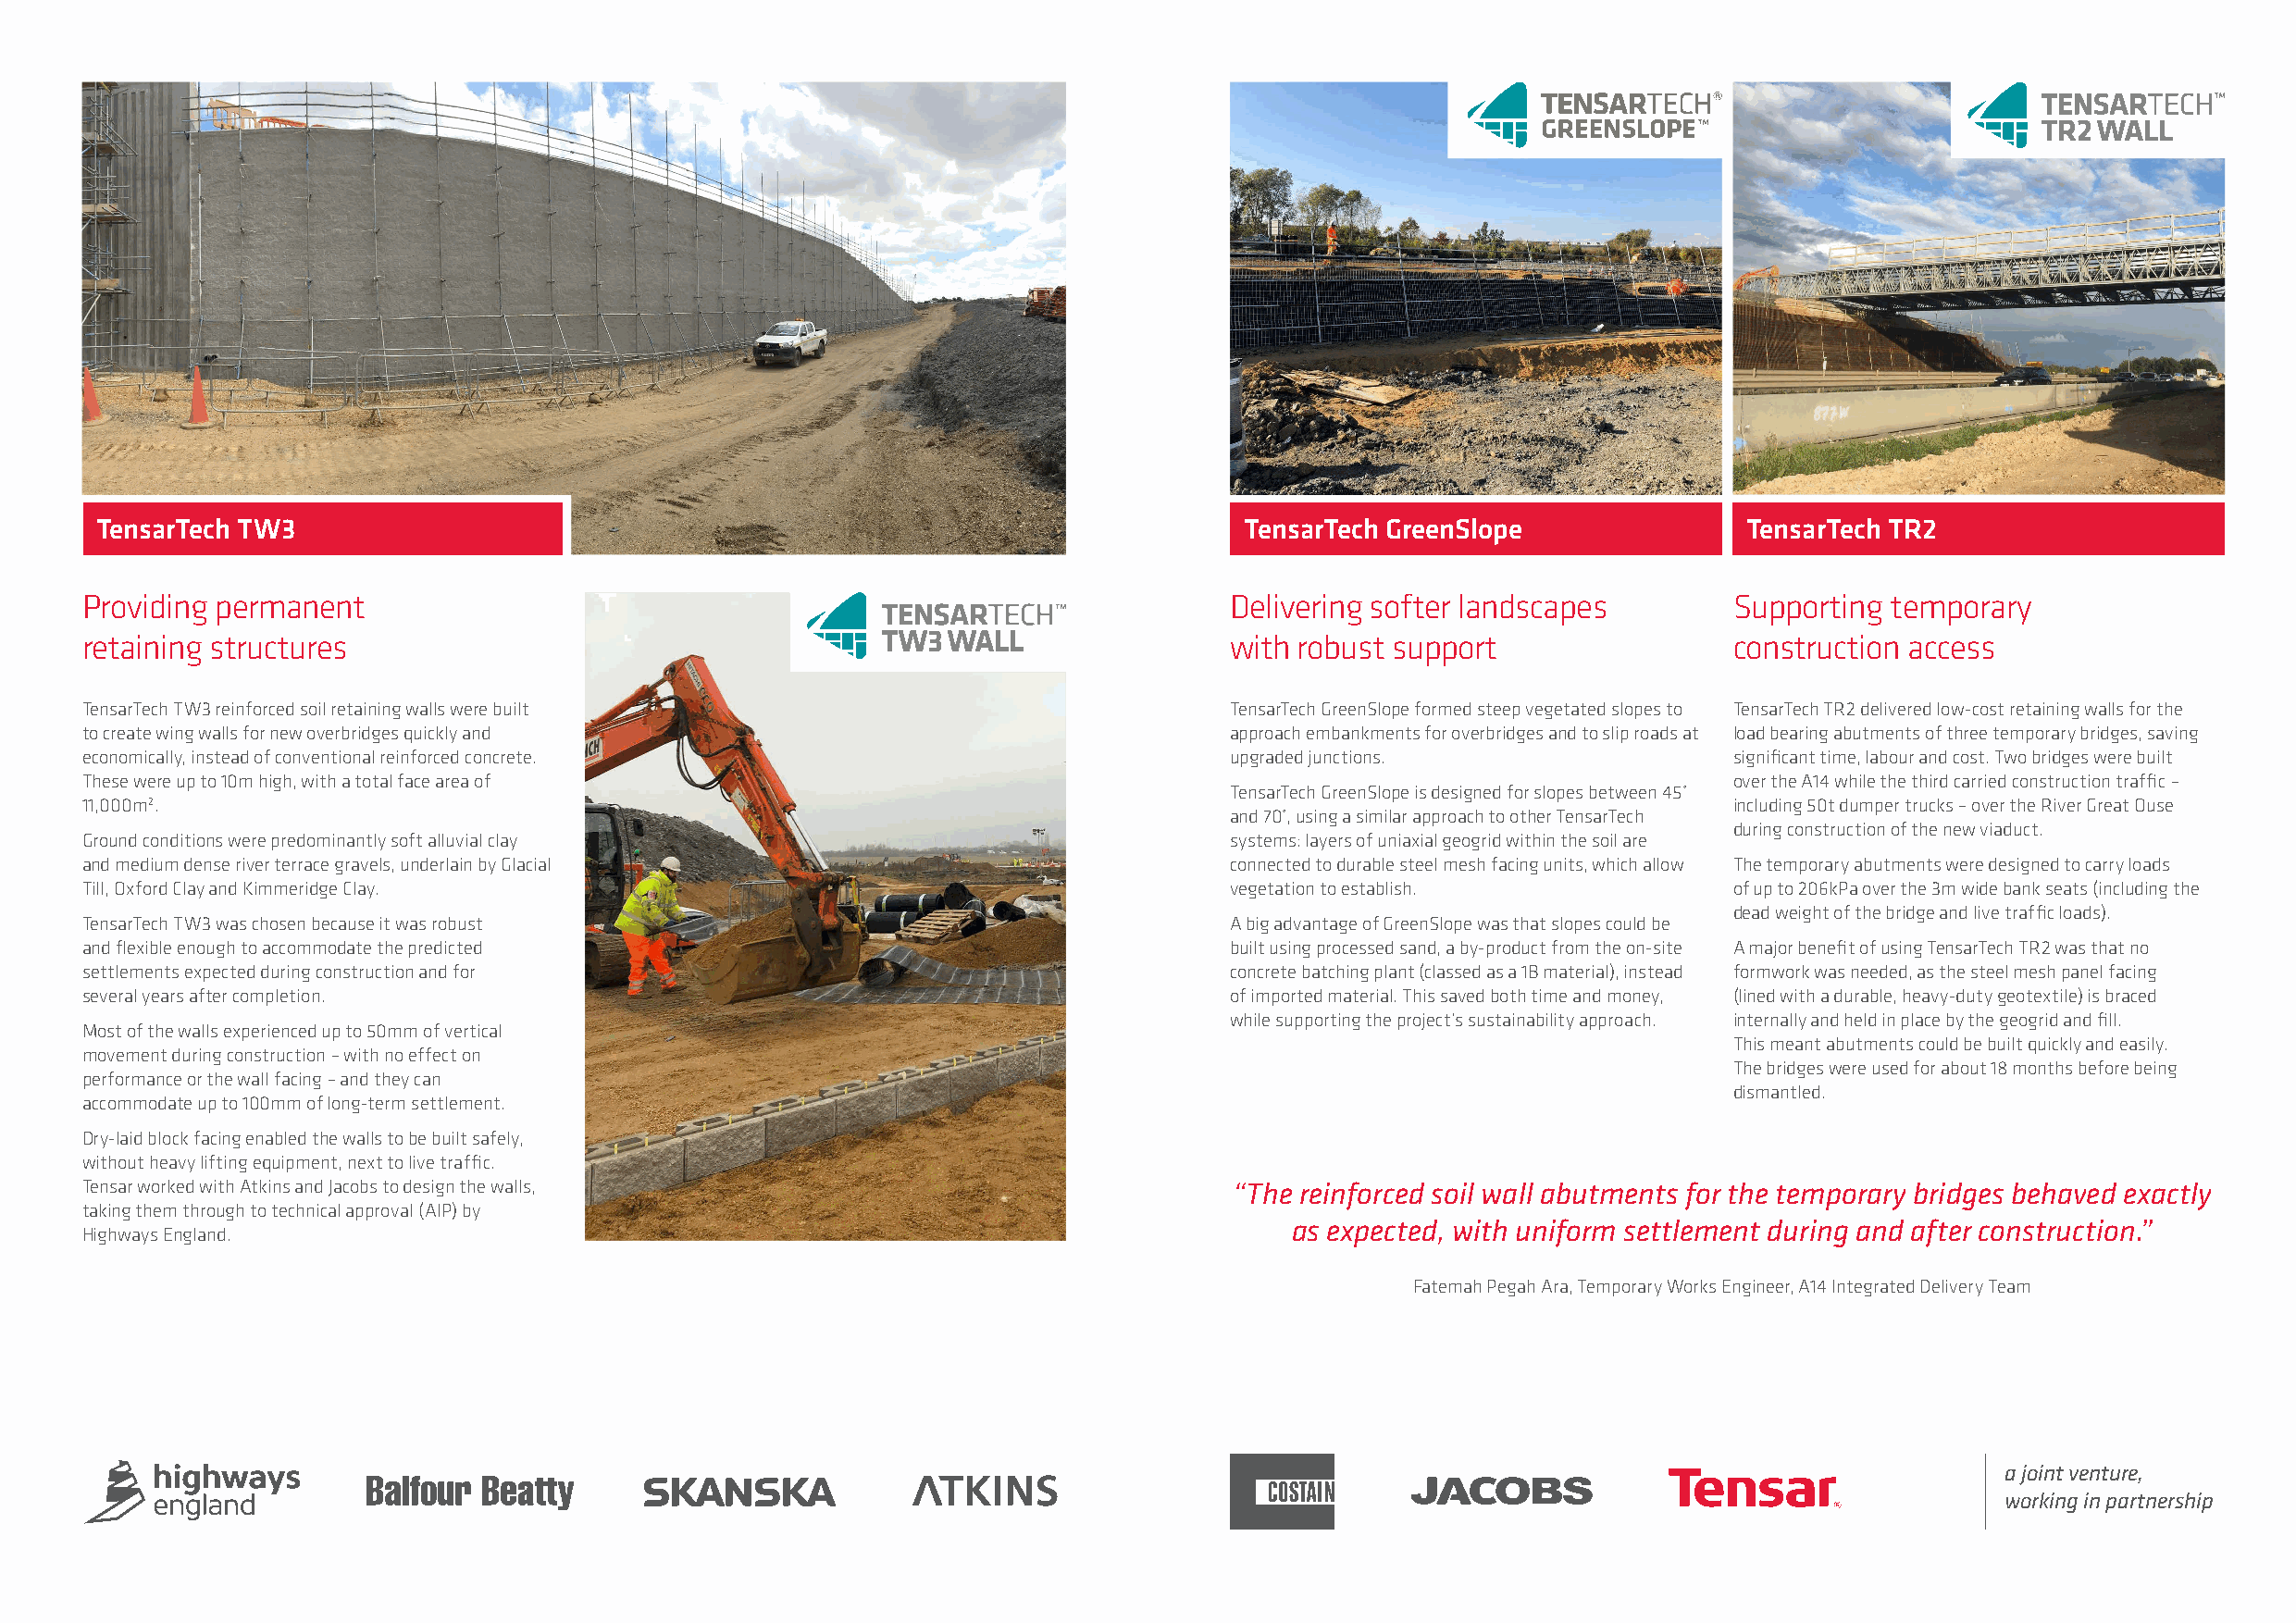
TensarTech TW3                                                                    TensarTech GreenSlope               TensarTech TR2
 Providing permanent                                                               Delivering softer landscapes        Supporting temporary
 retaining structures                                                              with robust support                 construction access
 TensarTech TW3 reinforced soil retaining walls were built                         TensarTech GreenSlope formed steep vegetated slopes to TensarTech TR2 delivered low-cost retaining walls for the
 to create wing walls for new overbridges quickly and                              approach embankments for overbridges and to slip roads at load bearing abutments of three temporary bridges, saving
 economically, instead of conventional reinforced concrete.                        upgraded junctions.                 significant time, labour and cost. Two bridges were built
 These were up to 10m high, with a total face area of                                                                  over the A14 while the third carried construction traffic –
 TensarTech GreenSlope is designed for slopes between 45˚
 11,000m2.                                                                                                             including 50t dumper trucks – over the River Great Ouse
 and 70˚, using a similar approach to other TensarTech
 during construction of the new viaduct.
 Ground conditions were predominantly soft alluvial clay                           systems: layers of uniaxial geogrid within the soil are
 and medium dense river terrace gravels, underlain by Glacial                      connected to durable steel mesh facing units, which allow The temporary abutments were designed to carry loads
 Till, Oxford Clay and Kimmeridge Clay.                                            vegetation to establish.            of up to 206kPa over the 3m wide bank seats (including the
 dead weight of the bridge and live traffic loads).
 TensarTech TW3 was chosen because it was robust                                   A big advantage of GreenSlope was that slopes could be
 and flexible enough to accommodate the predicted                                  built using processed sand, a by-product from the on-site A major benefit of using TensarTech TR2 was that no
 settlements expected during construction and for                                  concrete batching plant (classed as a 1B material), instead formwork was needed, as the steel mesh panel facing
 several years after completion.                                                   of imported material. This saved both time and money, (lined with a durable, heavy-duty geotextile) is braced
 while supporting the project’s sustainability approach. internally and held in place by the geogrid and fill.
 Most of the walls experienced up to 50mm of vertical
 This meant abutments could be built quickly and easily.
 movement during construction – with no effect on
 The bridges were used for about 18 months before being
 performance or the wall facing – and they can
 dismantled.
 accommodate up to 100mm of long-term settlement.
 Dry-laid block facing enabled the walls to be built safely,
 without heavy lifting equipment, next to live traffic.
 Tensar worked with Atkins and Jacobs to design the walls,                         “The reinforced soil wall abutments for the temporary bridges behaved exactly
 taking them through to technical approval (AIP) by
 as expected, with uniform settlement during and after construction.”
 Highways England.
 Fatemah Pegah Ara, Temporary Works Engineer, A14 Integrated Delivery Team
 a joint venture,
 working in partnership